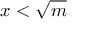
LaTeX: x < { \sqrt { m } }